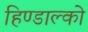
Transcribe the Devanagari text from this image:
हिण्डाल्को